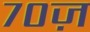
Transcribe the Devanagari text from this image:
७०ज़